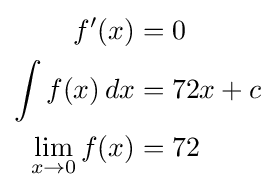
{\begin{aligned}f'(x)&=0\\\int f(x)\,dx&=72x+c\\\lim _{x\rightarrow 0}f(x)&=72\end{aligned}}